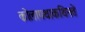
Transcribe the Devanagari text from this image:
कोलापथाकथिनते